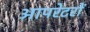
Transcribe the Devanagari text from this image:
आपरेटरों